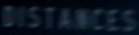
DISTANCES